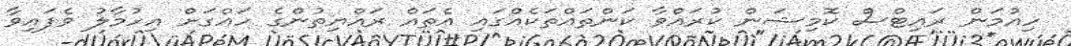
ހިއުމަން ރައިޓްސް ކޮމިޝަން ކުރައްވާ ކަންތައްތަކެއްގައި އެތައް ރައްޔިތުންގެ ހައްގަށް އިހުމާލު ވެފައިވާ